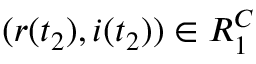
( r ( t _ { 2 } ) , i ( t _ { 2 } ) ) \in R _ { 1 } ^ { C }